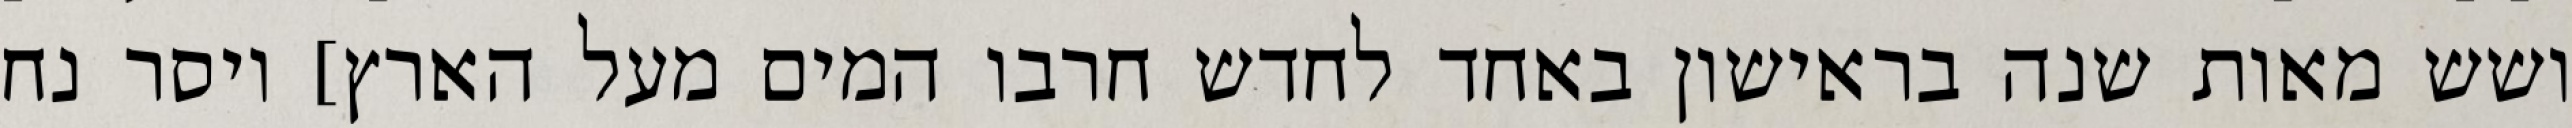
ושש מאות שנה בראישון באחד לחדש חרבו המים מעל הארץ] ויסר נח